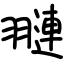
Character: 翴